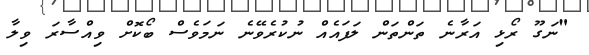
"ނަގޫ ރޯޅި އަރާނެ ތަންތަން ލަފައެއް ނުކުރެވޭނެ ނަމަވެސް ބޯކޮށް ވިއްސާރަ ވިލާ